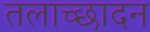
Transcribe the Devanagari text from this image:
तलाच्छादन